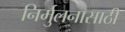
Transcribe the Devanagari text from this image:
निर्मुलनासाठी